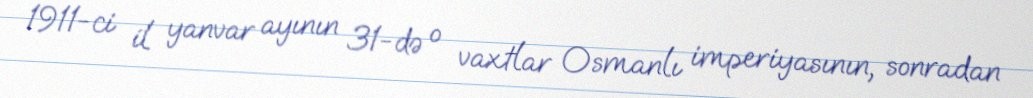
1911-ci il yanvar ayının 31-də o vaxtlar Osmanlı imperiyasının, sonradan